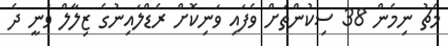
މެޗު ނިމެން 38 ސިކުންތަށް ވެފައި ވަނިކޮށް ރެޑްލައިނުގެ ޒިލާލް ވަނީ ދެ